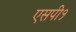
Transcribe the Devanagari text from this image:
एसपी१